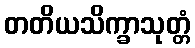
တတိယသိက္ခာသုတ္တံ